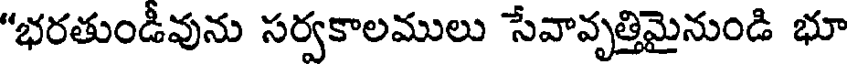
"భరతుండీవును సర్వకాలములు సేవావృత్తిమైనుండి భూ